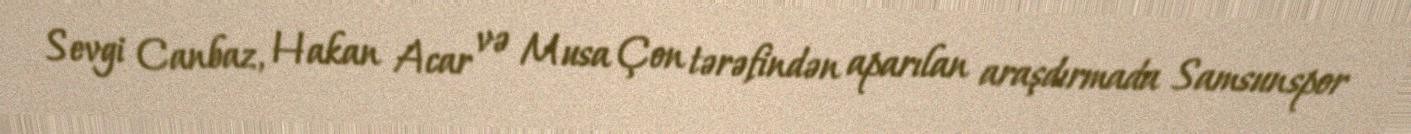
Sevgi Canbaz, Hakan Acar və Musa Çon tərəfindən aparılan araşdırmada Samsunspor